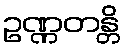
ဥဏ္ဏတန္တိ